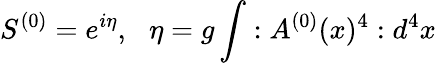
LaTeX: S^{(0)}=e^{i\eta},\, \, \, \, \eta=g\int:A^{(0)}(x)^{4}:d^{4}x